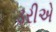
ડરીએ